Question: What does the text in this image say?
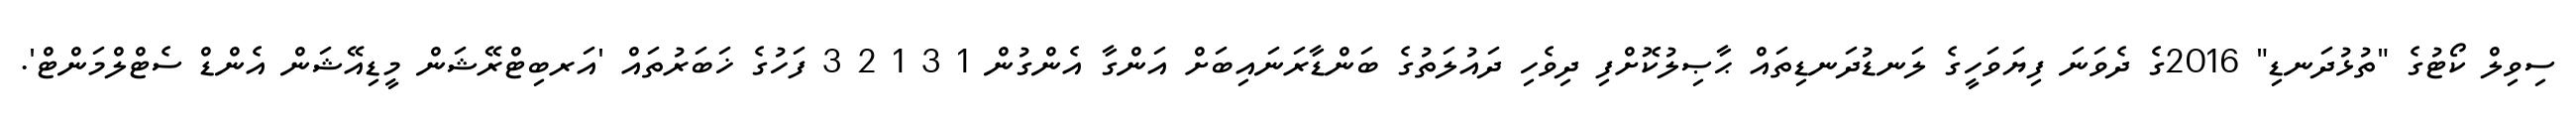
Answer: ސިވިލް ކޯޓުގެ "ތުޅުދަނޑި" 2016ގެ ދެވަނަ ފިޔަވަހީގެ ލަނޑުދަނޑިތައް ޙާޞިލުކޮށްފި ދިވެހި ދައުލަތުގެ ބަންޑާރަނައިބަށް އަންގާ އެންގުން 1 3 1 2 3 ފަހުގެ ޚަބަރުތައް 'އަރބިޓްރޭޝަން މީޑިއޭޝަން އެންޑް ސެޓްލްމަންޓް'.